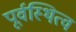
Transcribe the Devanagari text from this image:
पूर्वस्थित्व